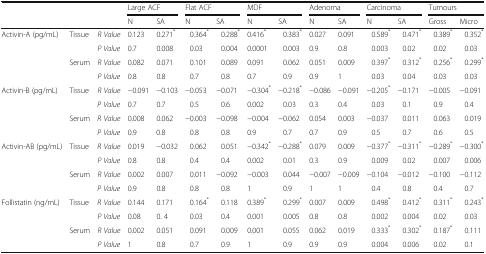
<table><thead><tr><td rowspan="2" colspan="3"></td><td colspan="2"><b>Large ACF</b></td><td colspan="2"><b>Flat ACF</b></td><td colspan="2"><b>MDF</b></td><td colspan="2"><b>Adenoma</b></td><td colspan="2"><b>Carcinoma</b></td><td colspan="2"><b>Tumours</b></td></tr><tr><td><b>N</b></td><td><b>SA</b></td><td><b>N</b></td><td><b>SA</b></td><td><b>N</b></td><td><b>SA</b></td><td><b>N</b></td><td><b>SA</b></td><td><b>N</b></td><td><b>SA</b></td><td><b>Gross</b></td><td><b>Micro</b></td></tr></thead><tbody><tr><td rowspan="4">Activin-A (pg/mL)</td><td rowspan="2">Tissue</td><td><i>R Value</i></td><td>0.123</td><td>0.271<sup>*</sup></td><td>0.364<sup>*</sup></td><td>0.288<sup>*</sup></td><td>0.416<sup>*</sup></td><td>0.383<sup>*</sup></td><td>0.027</td><td>0.091</td><td>0.589<sup>*</sup></td><td>0.471<sup>*</sup></td><td>0.389<sup>*</sup></td><td>0.352<sup>*</sup></td></tr><tr><td><i>P Value</i></td><td>0.7</td><td>0.008</td><td>0.03</td><td>0.004</td><td>0.0001</td><td>0.003</td><td>0.9</td><td>0.8</td><td>0.003</td><td>0.02</td><td>0.02</td><td>0.03</td></tr><tr><td rowspan="2">Serum</td><td><i>R Value</i></td><td>0.082</td><td>0.071</td><td>0.101</td><td>0.089</td><td>0.091</td><td>0.062</td><td>0.051</td><td>0.009</td><td>0.397<sup>*</sup></td><td>0.312<sup>*</sup></td><td>0.256<sup>*</sup></td><td>0.299<sup>*</sup></td></tr><tr><td><i>P Value</i></td><td>0.8</td><td>0.8</td><td>0.7</td><td>0.8</td><td>0.7</td><td>0.9</td><td>0.9</td><td>1</td><td>0.03</td><td>0.04</td><td>0.03</td><td>0.03</td></tr><tr><td rowspan="4">Activin-B (pg/mL)</td><td rowspan="2">Tissue</td><td><i>R Value</i></td><td>−0.091</td><td>−0.103</td><td>−0.053</td><td>−0.071</td><td>−0.304<sup>*</sup></td><td>−0.218<sup>*</sup></td><td>−0.086</td><td>−0.091</td><td>−0.205<sup>*</sup></td><td>−0.171</td><td>−0.005</td><td>−0.091</td></tr><tr><td><i>P Value</i></td><td>0.7</td><td>0.7</td><td>0.5</td><td>0.6</td><td>0.002</td><td>0.03</td><td>0.3</td><td>0.4</td><td>0.03</td><td>0.1</td><td>0.9</td><td>0.4</td></tr><tr><td rowspan="2">Serum</td><td><i>R Value</i></td><td>0.008</td><td>0.062</td><td>−0.003</td><td>−0.098</td><td>−0.004</td><td>−0.062</td><td>0.054</td><td>0.003</td><td>−0.037</td><td>0.011</td><td>0.063</td><td>0.019</td></tr><tr><td><i>P Value</i></td><td>0.9</td><td>0.8</td><td>0.8</td><td>0.8</td><td>0.9</td><td>0.7</td><td>0.7</td><td>0.9</td><td>0.5</td><td>0.7</td><td>0.6</td><td>0.5</td></tr><tr><td rowspan="4">Activin-AB (pg/mL)</td><td rowspan="2">Tissue</td><td><i>R Value</i></td><td>0.019</td><td>−0.032</td><td>0.062</td><td>0.051</td><td>−0.342<sup>*</sup></td><td>−0.288<sup>*</sup></td><td>0.079</td><td>0.009</td><td>−0.377<sup>*</sup></td><td>−0.311<sup>*</sup></td><td>−0.289<sup>*</sup></td><td>−0.300<sup>*</sup></td></tr><tr><td><i>P Value</i></td><td>0.8</td><td>0.8</td><td>0.4</td><td>0.4</td><td>0.002</td><td>0.01</td><td>0.3</td><td>0.9</td><td>0.009</td><td>0.02</td><td>0.007</td><td>0.006</td></tr><tr><td rowspan="2">Serum</td><td><i>R Value</i></td><td>0.002</td><td>0.007</td><td>0.011</td><td>−0.092</td><td>−0.003</td><td>0.044</td><td>−0.007</td><td>−0.009</td><td>−0.104</td><td>−0.012</td><td>−0.100</td><td>−0.112</td></tr><tr><td><i>P Value</i></td><td>0.9</td><td>0.8</td><td>0.8</td><td>0.8</td><td>1</td><td>0.9</td><td>1</td><td>1</td><td>0.4</td><td>0.8</td><td>0.4</td><td>0.7</td></tr><tr><td rowspan="4">Follistatin (ng/mL)</td><td rowspan="2">Tissue</td><td><i>R Value</i></td><td>0.144</td><td>0.171</td><td>0.164<sup>*</sup></td><td>0.118</td><td>0.389<sup>*</sup></td><td>0.299<sup>*</sup></td><td>0.007</td><td>0.009</td><td>0.498<sup>*</sup></td><td>0.412<sup>*</sup></td><td>0.311<sup>*</sup></td><td>0.243<sup>*</sup></td></tr><tr><td><i>P Value</i></td><td>0.08</td><td>0. 4</td><td>0.03</td><td>0.4</td><td>0.001</td><td>0.005</td><td>0.8</td><td>0.8</td><td>0.002</td><td>0.004</td><td>0.02</td><td>0.03</td></tr><tr><td rowspan="2">Serum</td><td><i>R Value</i></td><td>0.002</td><td>0.051</td><td>0.091</td><td>0.009</td><td>0.001</td><td>0.055</td><td>0.062</td><td>0.019</td><td>0.333<sup>*</sup></td><td>0.302<sup>*</sup></td><td>0.187<sup>*</sup></td><td>0.111</td></tr><tr><td><i>P Value</i></td><td>1</td><td>0.8</td><td>0.7</td><td>0.9</td><td>1</td><td>0.9</td><td>0.9</td><td>0.9</td><td>0.004</td><td>0.006</td><td>0.02</td><td>0.1</td></tr></tbody></table>